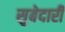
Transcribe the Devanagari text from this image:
सुबेदारी